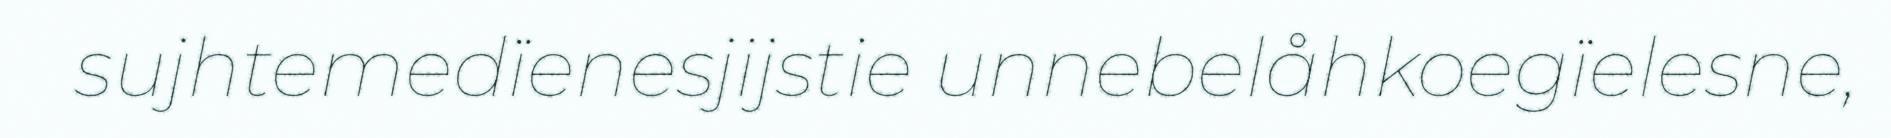
sujhtemedïenesjijstie unnebelåhkoegïelesne,